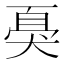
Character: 𱭿